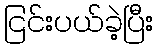
ငြင်းပယ်ခဲ့ပြီး